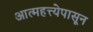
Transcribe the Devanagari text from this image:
आत्महत्त्येपासून